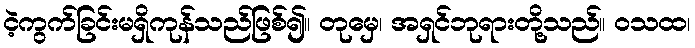
ငဲ့ကွက်ခြင်းမရှိကုန်သည်ဖြစ်၍။ တုမှေ၊ အရှင်ဘုရားတို့သည်။ ဝသထ၊